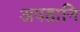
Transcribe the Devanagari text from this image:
अपहानि